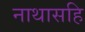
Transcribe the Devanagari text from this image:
नाथासहि